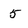
Character: 5